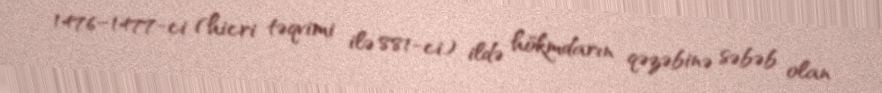
1476–1477-ci (hicri təqvimi ilə 881-ci) ildə hökmdarın qəzəbinə səbəb olan